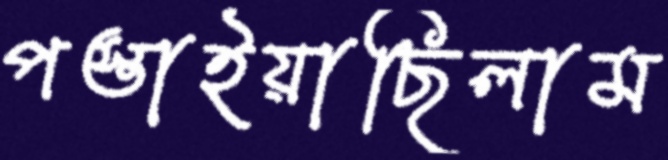
পস্তাইয়াছিলাম